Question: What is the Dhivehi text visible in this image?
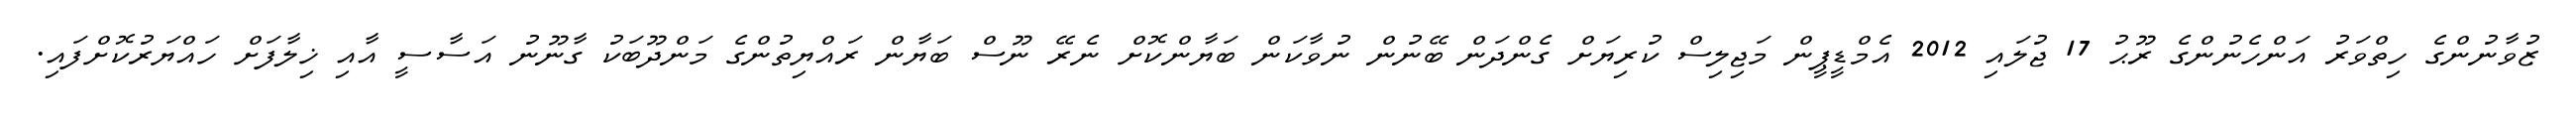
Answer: ޒުވާނުންގެ ހިތްވަރު އަންހެނުންގެ ރޫޙު 17 ޖުލައި 2012 އެމްޑީޕީން މަޖިލިސް ކުރިޔަށް ގެންދަން ބޭނުން ނުވާކަން ބަޔާންކޮށް ނެރޭ ނޫސް ބަޔާން ރައްޔިތުންގެ މަންދޫބަކު ގާނޫނު އަސާސީ އާއި ޚިލާފަށް ހައްޔަރުކޮށްފައި.